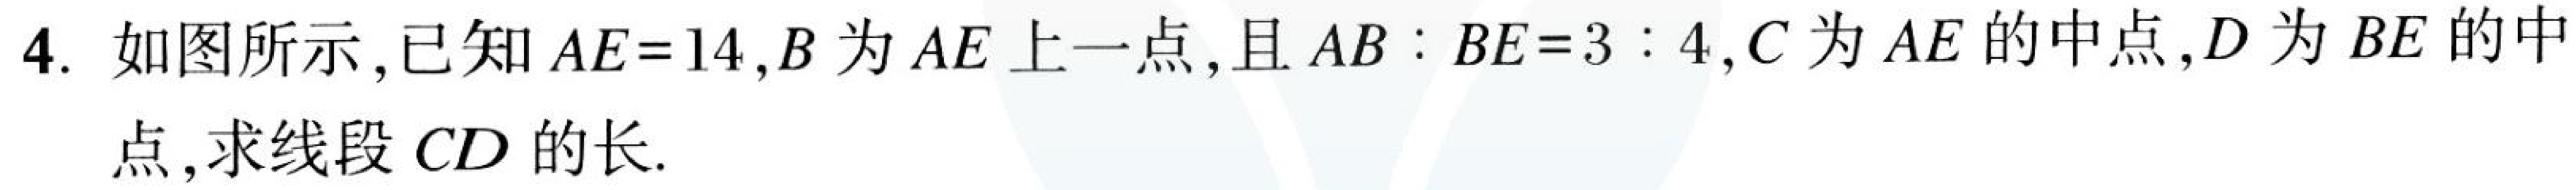
4. 如图所示,已知 \(AE = 14\), \(B\)为 \(AE\)上一点,且 \(AB:BE = 3:4\), \(C\)为 \(AE\)的中点, \(D\)为 \(BE\)的中\\点,求线段 \(CD\)的长.